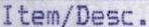
ITEM/DESC.